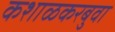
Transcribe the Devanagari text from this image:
कशाळकरबुवा